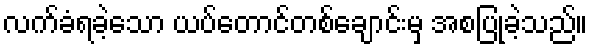
လက်ခံရခဲ့သော ယပ်တောင်တစ်ချောင်းမှ အစပြုခဲ့သည်။